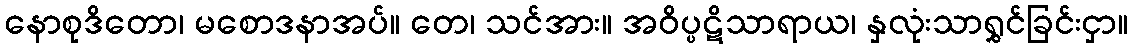
နောစုဒိတော၊ မစောဒနာအပ်။ တေ၊ သင်အား။ အဝိပ္ပဋိသာရာယ၊ နှလုံးသာရွှင်ခြင်းငှာ။